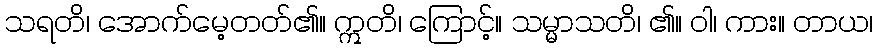
သရတိ၊ အောက်မေ့တတ်၏။ ဣတိ၊ ကြောင့်။ သမ္မာသတိ၊ ၏။ ဝါ၊ ကား။ တာယ၊